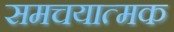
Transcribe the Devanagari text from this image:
समचयात्मक